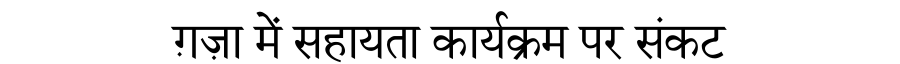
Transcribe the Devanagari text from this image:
ग़ज़ा में सहायता कार्यक्रम पर संकट